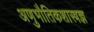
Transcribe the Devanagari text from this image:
अणुभौतिकशास्त्रज्ञ